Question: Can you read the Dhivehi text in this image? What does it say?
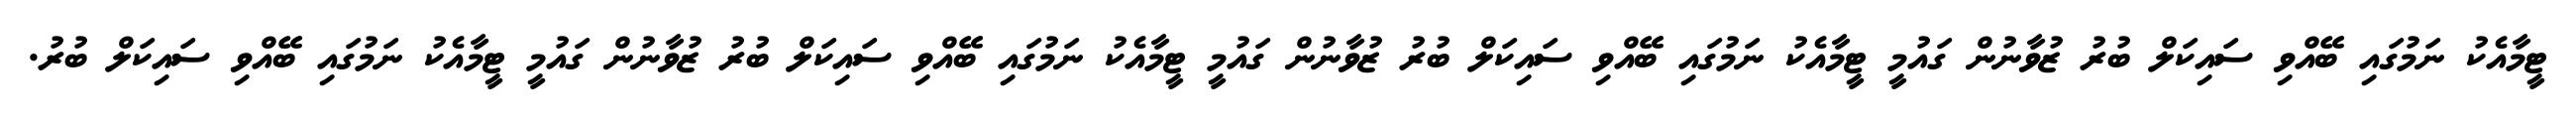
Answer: ޓީމާއެކު ނަމުގައި ބޭއްވި ސައިކަލް ބުރު ޒުވާނުން ގައުމީ ޓީމާއެކު ނަމުގައި ބޭއްވި ސައިކަލް ބުރު ޒުވާނުން ގައުމީ ޓީމާއެކު ނަމުގައި ބޭއްވި ސައިކަލް ބުރު ޒުވާނުން ގައުމީ ޓީމާއެކު ނަމުގައި ބޭއްވި ސައިކަލް ބުރު.